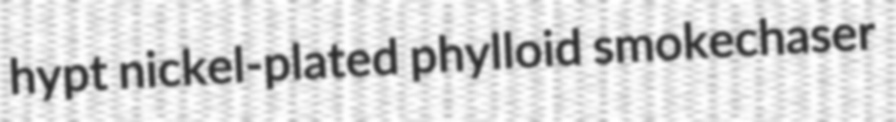
hypt nickel-plated phylloid smokechaser